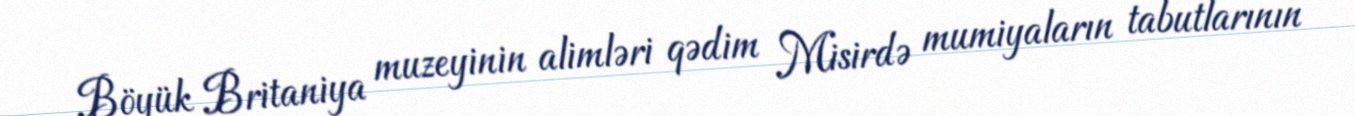
Böyük Britaniya muzeyinin alimləri qədim Misirdə mumiyaların tabutlarının